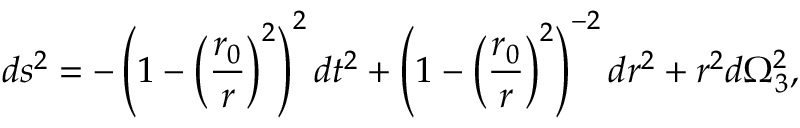
d s ^ { 2 } = - \left( 1 - \left( { \frac { r _ { 0 } } { r } } \right) ^ { 2 } \right) ^ { 2 } d t ^ { 2 } + \left( 1 - \left( { \frac { r _ { 0 } } { r } } \right) ^ { 2 } \right) ^ { - 2 } d r ^ { 2 } + r ^ { 2 } d \Omega _ { 3 } ^ { 2 } ,